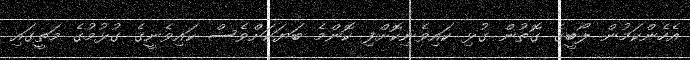
އެހެންކަމުން ލޯބީގެ ގޮތުން ގުޅި ކައިވެނިކޮށްފި ކޮންމެ ބަޔަކަށްވެސް ކައިވެނީގެ ގުޅުމުގެ މަތީގައި